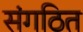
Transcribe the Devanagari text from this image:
संगठित